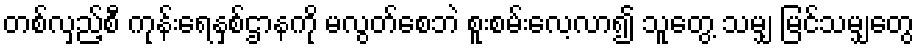
တစ်လှည့်စီ ကုန်းရေနှစ်ဌာနကို မလွတ်စေဘဲ စူးစမ်းလေ့လာ၍ သူတွေ့ သမျှ မြင်သမျှတွေ